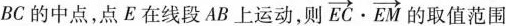
BC的中点，点E在线段AB上运动，则 \overrightarrow{EC}\cdot \overrightarrow{EM} 的取值范围